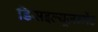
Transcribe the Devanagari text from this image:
डिसइल्यूज़न्मेंट